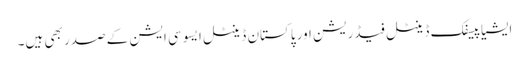
ایشیا پیسفک ڈینٹل فیڈریشن اور پاکستان ڈینٹل ایسوسی ایشن کے صدر بھی ہیں۔